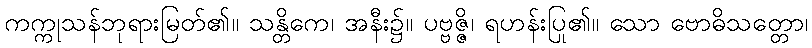
ကက္ကုသန်ဘုရားမြတ်၏။ သန္တိကေ၊ အနီး၌။ ပဗ္ဗဇ္ဇိ၊ ရဟန်းပြု၏။ သော ဗောဓိသတ္တော၊